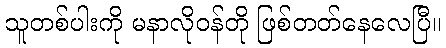
သူတစ်ပါးကို မနာလိုဝန်တို ဖြစ်တတ်နေလေပြီ။